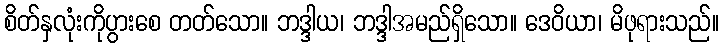
စိတ်နှလုံးကိုပွားစေ တတ်သော။ ဘဒ္ဒါယ၊ ဘဒ္ဒါအမည်ရှိသော။ ဒေဝိယာ၊ မိဖုရားသည်။